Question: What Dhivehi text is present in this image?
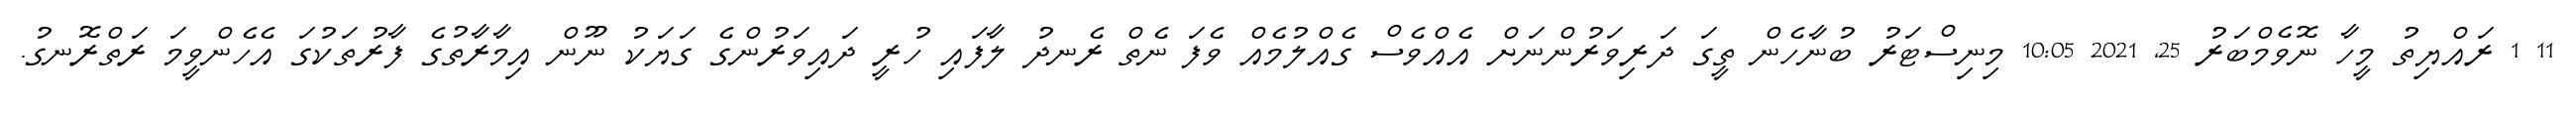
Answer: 11 1 ރައްޔިތު މީހާ ނޮވެމްބަރު 25, 2021 10:05 މިނިސްޓަރު ބުނާހެން ތީގަ ދަރިވަރުންނަށް އެއްވެސް ގެއްލުމެއް ވެފަ ނެތް ރެނދު ލާފައި ހުރީ ދައިވަރުންގެ ގަޔަކު ނޫން އިމާރާތުގެ ފާރުތަކުގަ އެހެންވީމަ ރަތްރޮނގު.